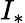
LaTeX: I_{\ast}